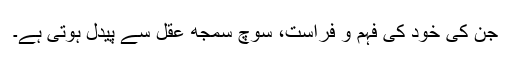
جن کی خود کی فہم و فراست، سوچ سمجھ عقل سے پیدل ہوتی ہے۔